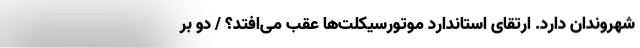
شهروندان دارد. ارتقای استاندارد موتورسیکلت‌ها عقب می‌افتد؟ / دو بر